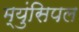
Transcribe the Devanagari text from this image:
म्युंसिपल